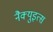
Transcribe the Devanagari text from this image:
नैक्युइत्स